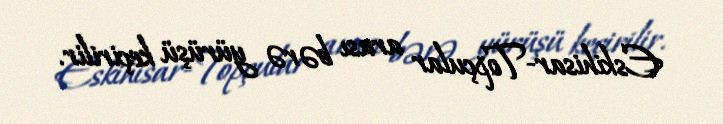
Eskihisar-Topçular arası bərə yürüşü keçirilir.